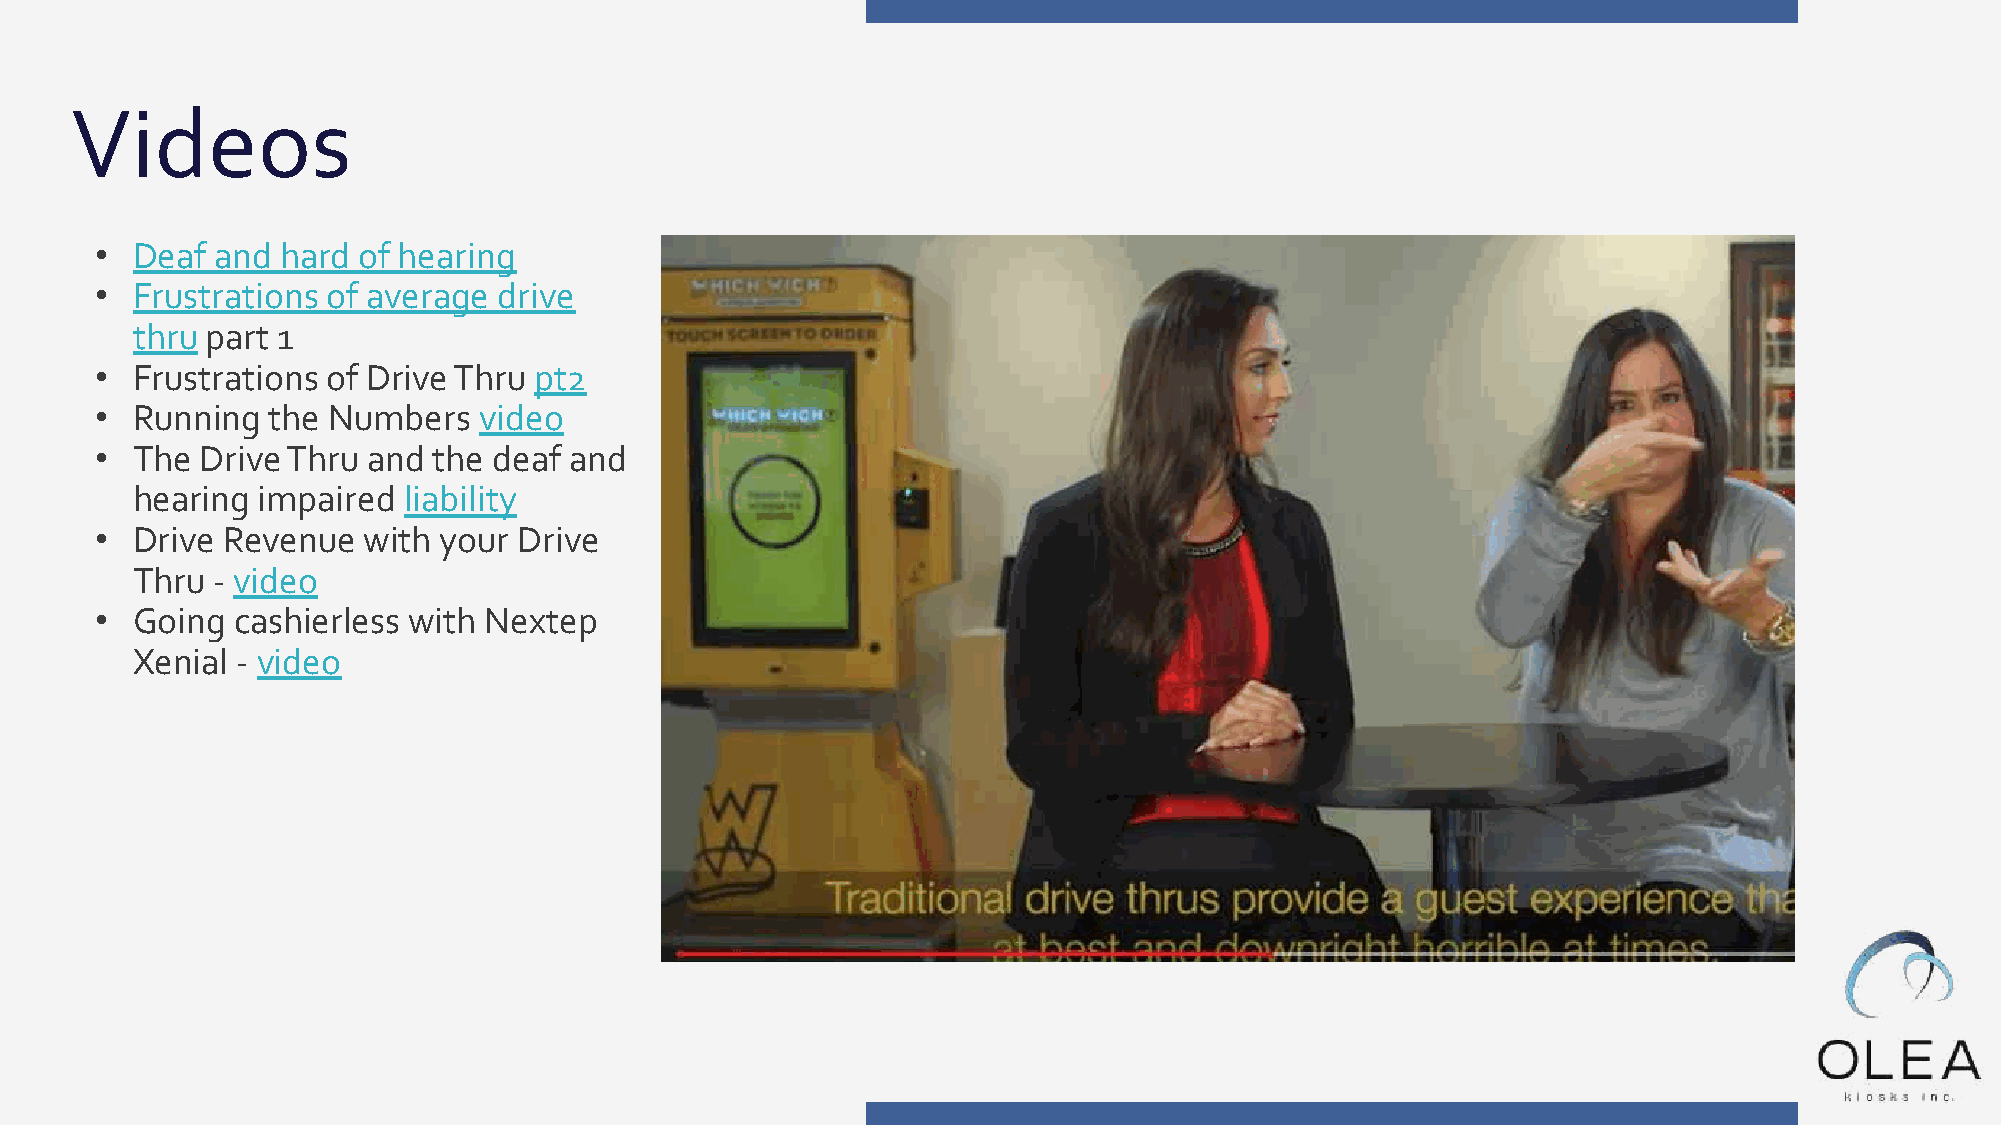
Videos
 •  Deaf and  hard of hearing
 •  Frustrations of average drive
 thru part 1
 •  Frustrations of Drive Thru pt2
 •  Running  the Numbers   video
 •  The Drive Thru and  the deaf and
 hearing impaired  liability
 •  Drive Revenue  with your Drive
 Thru - video
 •  Going cashierless with Nextep
 Xenial - video